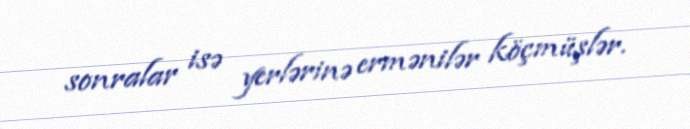
sonralar isə yerlərinə ermənilər köçmüşlər.